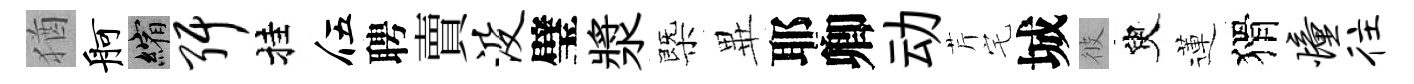
猶舸縮弭挂伍聘賣没璧漿㮣𭺾耶卿动芹宅城彼臾蓮猾憧往